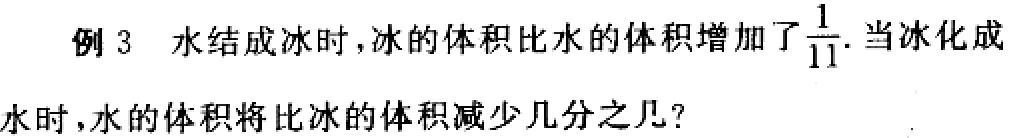
例 3 水结成冰时，冰的体积比水的体积增加了$\frac{1}{11}$. 当冰化成水时，水的体积将比冰的体积减少几分之几？